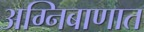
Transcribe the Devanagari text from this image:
अग्निबाणात